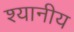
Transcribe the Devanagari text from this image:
श्यानीय